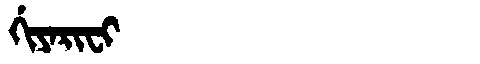
Manchu: ᡤᡳᠶᠠᡵᡳᠸᡳ
Romanization: GIYARIFI